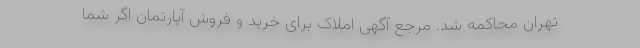
تهران محاکمه شد. مرجع آگهی املاک برای خرید و فروش آپارتمان اگر شما